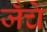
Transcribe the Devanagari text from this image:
जँचे